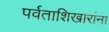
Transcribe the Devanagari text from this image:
पर्वताशिखारांना